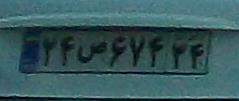
۲۴ص۶۷۴۳۴